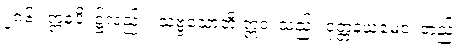
၂၈၆။ ဣဓပိ၊ ၌လည်း။ သဗ္ဗသောတိ ဣဒံ၊ သည်။ ဝုတ္တနယမေဝ၊ တည်း။